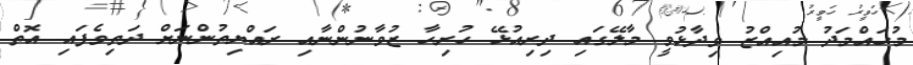
މުހައްމަދު މުއިއްޒު ވިދާޅުވީ މާލޭގައި ދިރިއުޅޭ ހުރިހާ ޒުވާނުންނާއި ރައްޔިތުންނަށް ދަތިވެފައި އޮތް